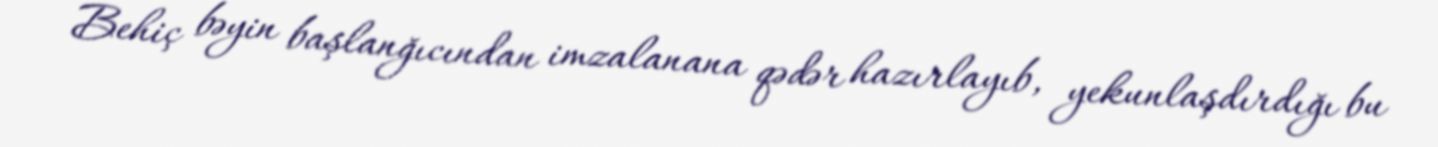
Behiç bəyin başlanğıcından imzalanana qədər hazırlayıb, yekunlaşdırdığı bu